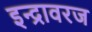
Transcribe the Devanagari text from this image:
इन्द्रावरज